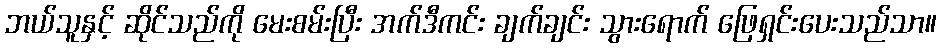
ဘယ်သူနှင့် ဆိုင်သည်ကို မေးစမ်းပြီး အက်ဒီကင်း ချက်ချင်း သွားရောက် ဖြေရှင်းပေးသည်သာ။